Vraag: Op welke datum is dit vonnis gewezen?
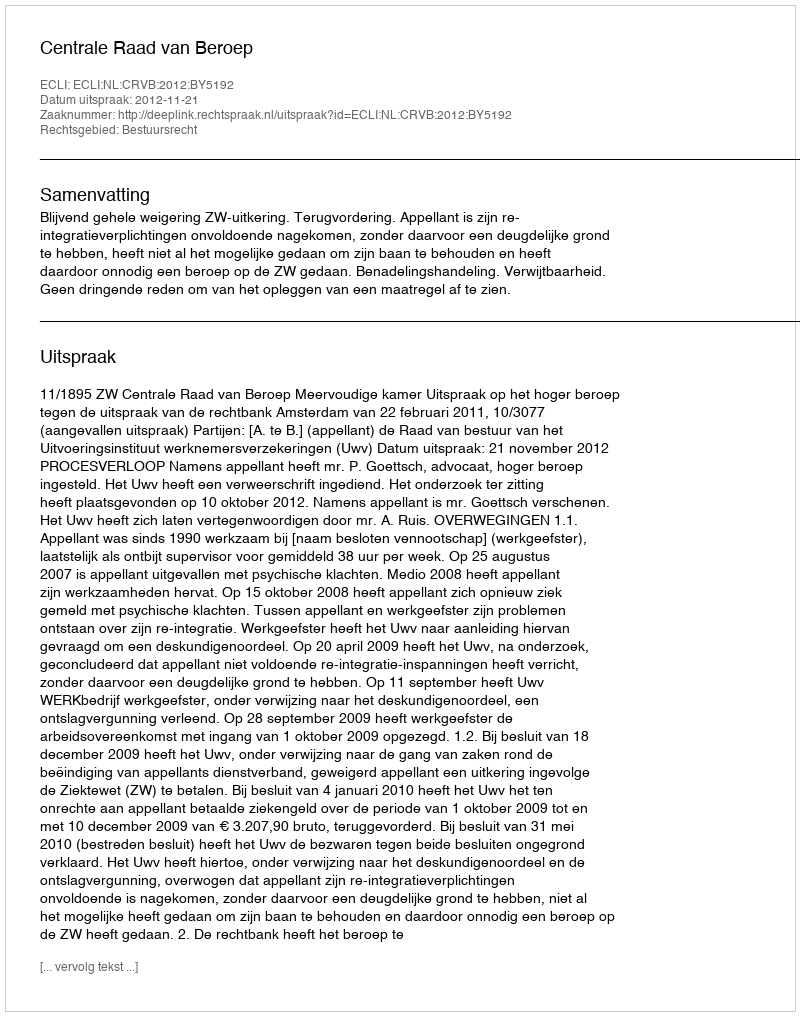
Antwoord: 2012-11-21